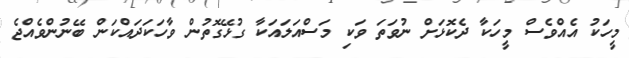
މީހަކު އެއްވެސް މީހަކާ ދެކޮޅަށް ނުވަތަ ވަކި މަސްއަލައަކާ ގުޅޭގޮތުން ވާހަކަދައްކަން ބޭނުންވެއްޖެ